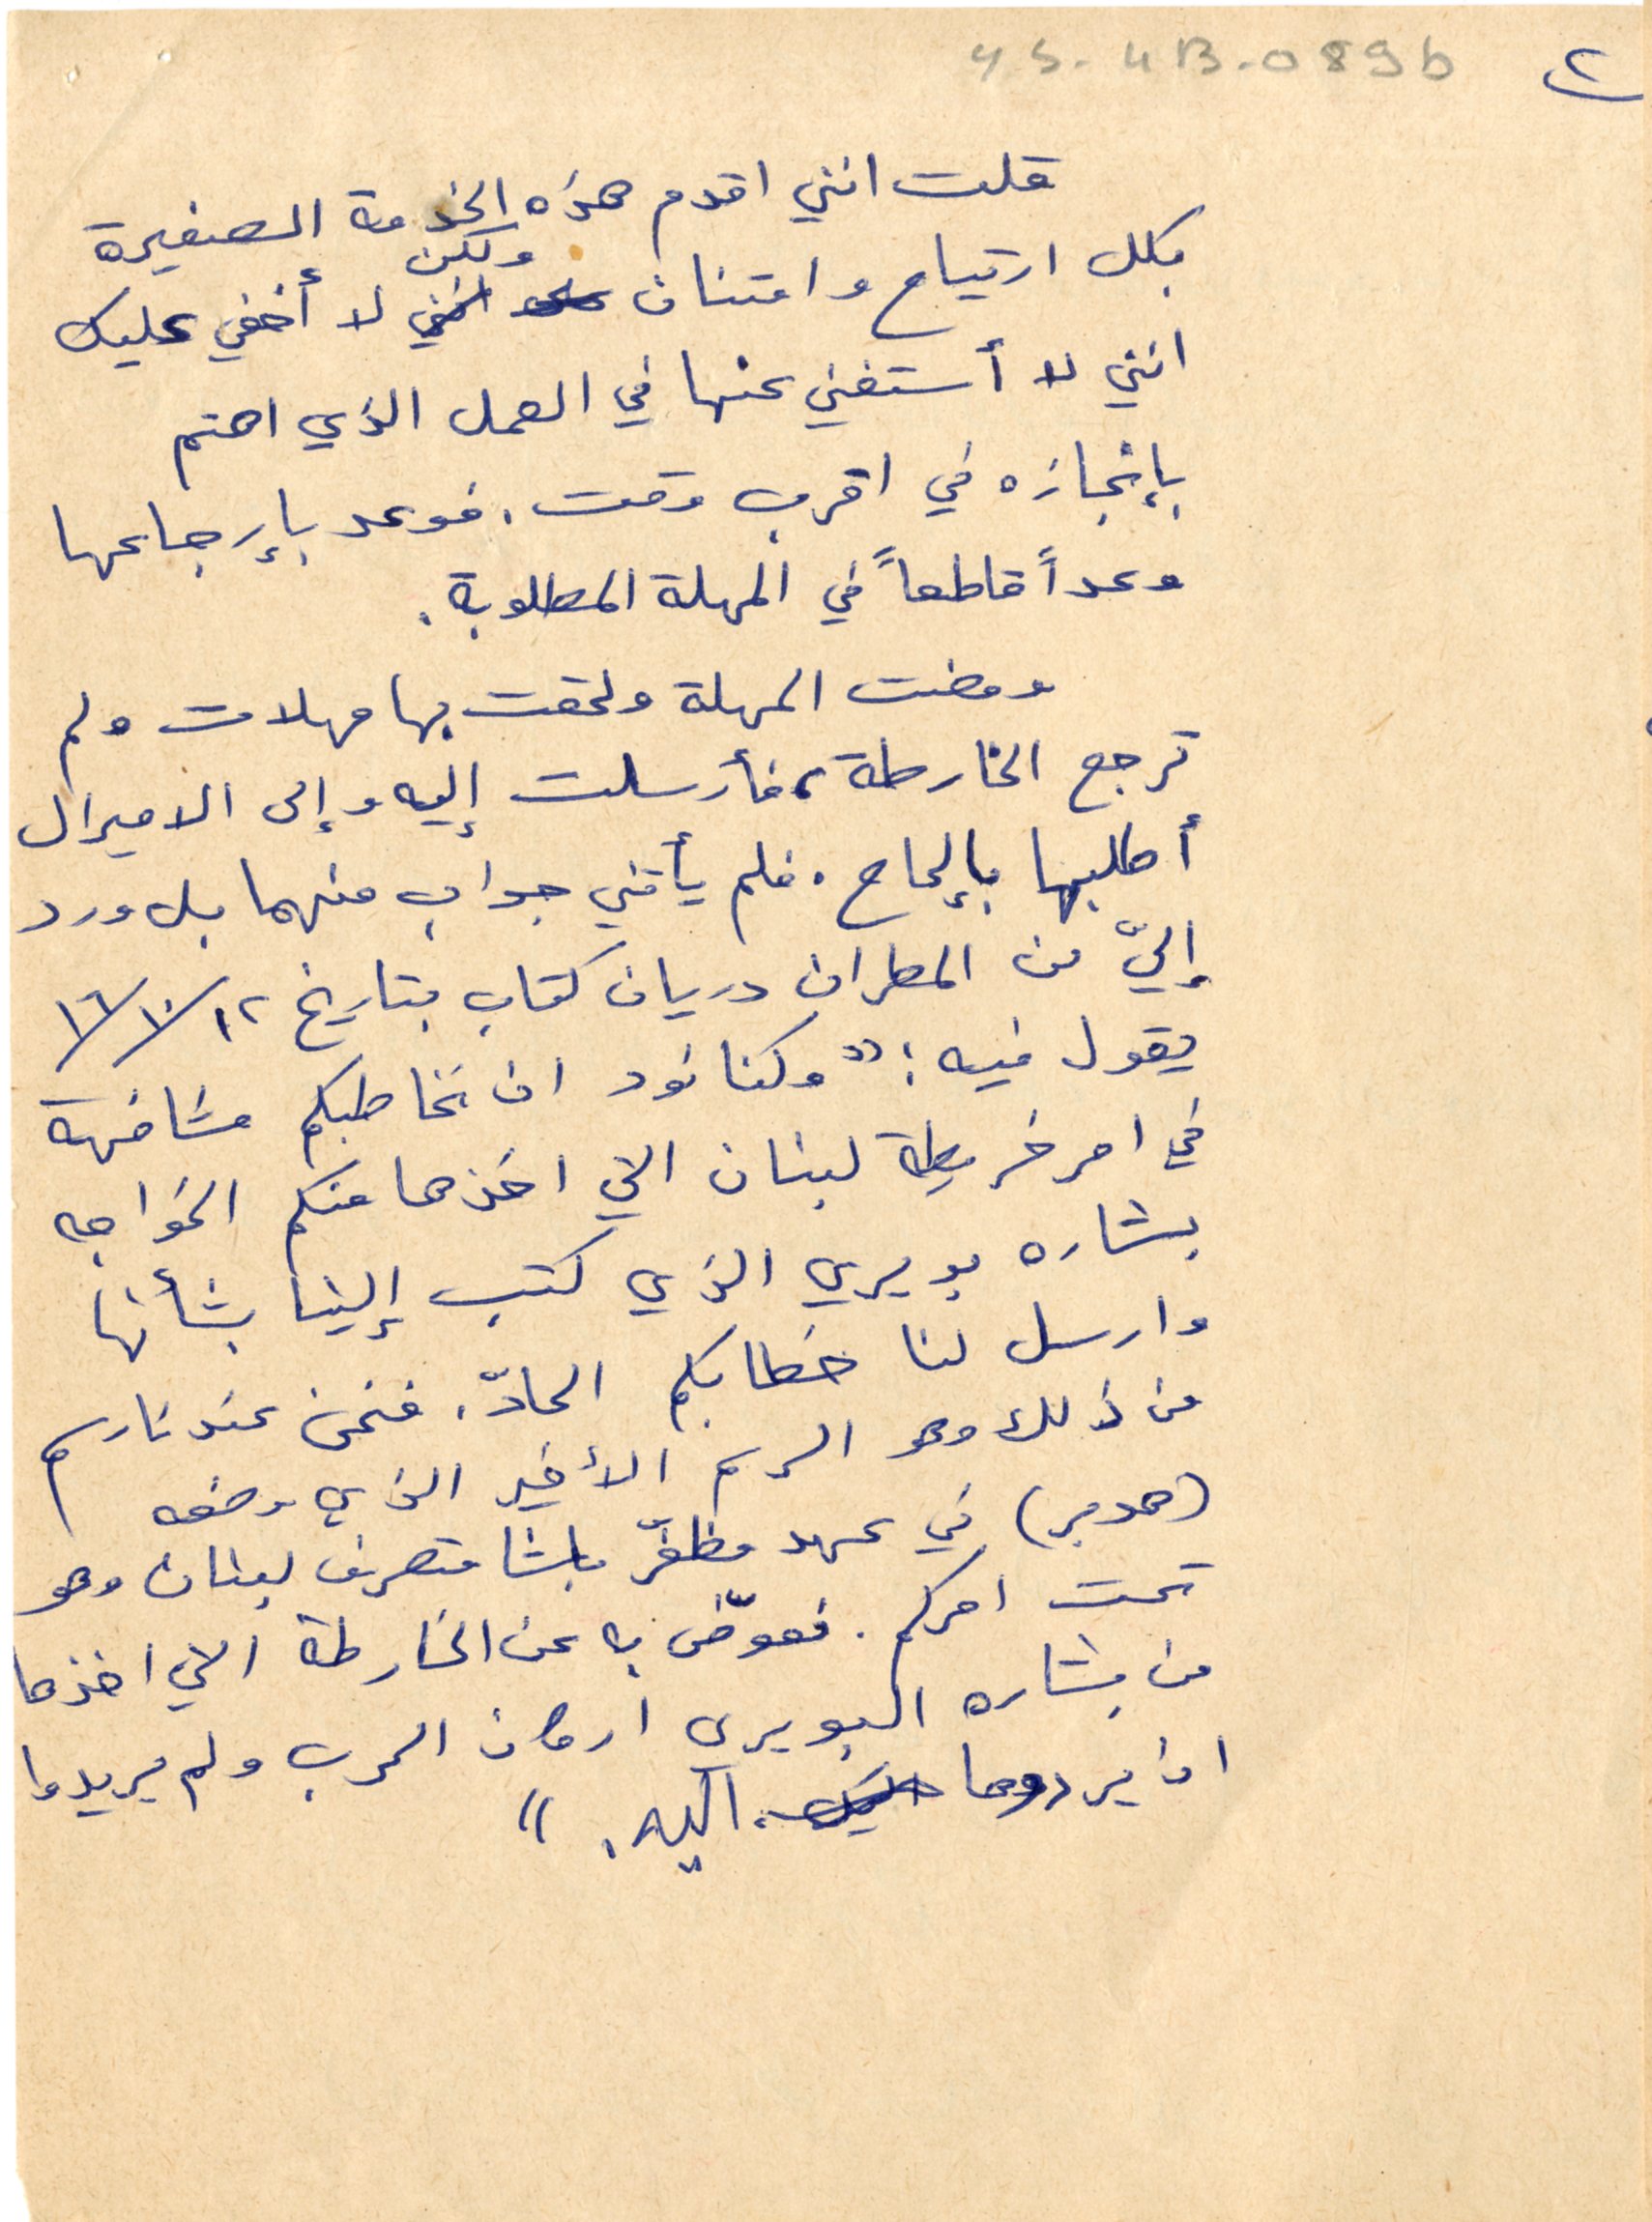
ys-4B-089b ٢
قلت انني اقدم هذه الخدمة الصغيرة
بكل ارتياح وامتنان ولكن لا أخفي عليك
انني لا أستغني عنها في العمل الذي اهتم
بانجازه في اقرب وقت. فوعد بإرجاعها
وعداً قاطعاً في المهلة المطلوبة.
ومضت المهلة ولحقت بها مهلات ولم
ترجع الخارطة، فأرسلت اليه وإلى الاميرال
أطلبها بإلحاح. فلم يأتني جواب منهما بل ورد
إليّ من المطران دريان كتاب بتاريخ ١٢ /١٠/ ١٦
يقول فيه : "وكنا نود ان نخاطبكم مشافهة
في امر خريطة لبنان التي اخذها منكم الخواجه
بشاره بويري الذي كتب إلينا بشأنها
وارسل لنا خطابكم الحادّ. فنحن عندنا رسم
من ذلك وهو الرسم الأخير الذي وضعه
(هوبر) في عهد مظفّر باشا متصرف لبنان وهو
تحت امركم. فعوّض به عن الخارطة التي اخذها
من بشاره البويري اركان الحرب ولم يريدوا
ان يردوها اليه.